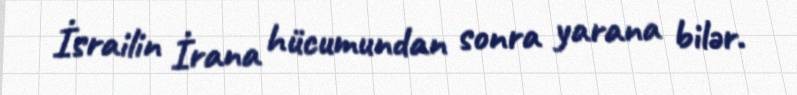
İsrailin İrana hücumundan sonra yarana bilər.